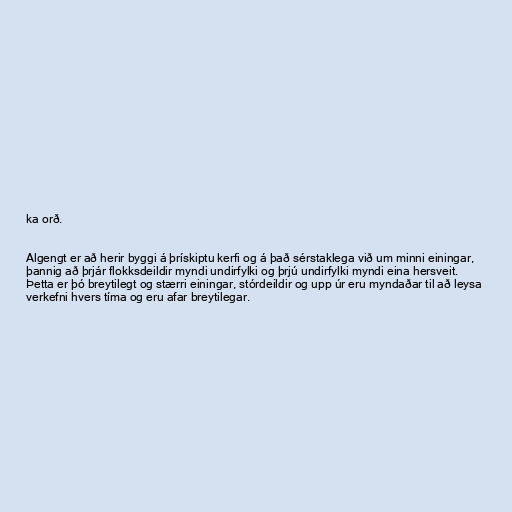
ka orð.

Algengt er að herir byggi á þrískiptu kerfi og á það sérstaklega við um minni einingar,
þannig að þrjár flokksdeildir myndi undirfylki og þrjú undirfylki myndi eina hersveit.
Þetta er þó breytilegt og stærri einingar, stórdeildir og upp úr eru myndaðar til að leysa
verkefni hvers tíma og eru afar breytilegar.